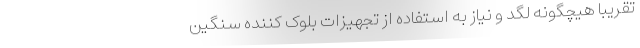
تقریبا هیچگونه لگد و نیاز به استفاده از تجهیزات بلوک کننده سنگین